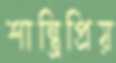
শান্ত্রিপ্রিয়